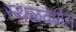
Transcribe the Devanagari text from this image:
स्थळवर्णन